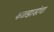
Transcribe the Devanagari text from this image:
फळझाडांचा